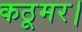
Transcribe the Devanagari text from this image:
कठूमर।